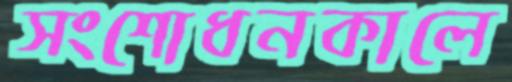
সংশোধনকালে